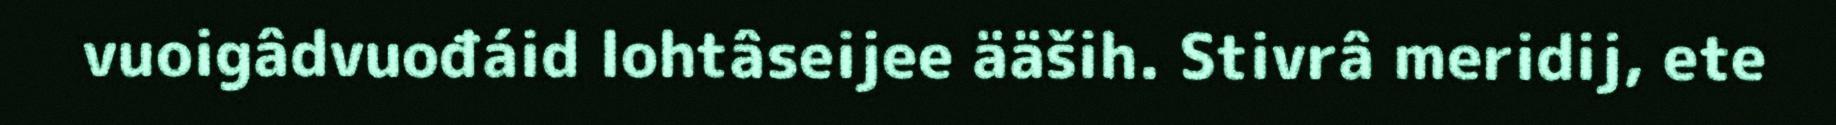
vuoigâdvuođáid lohtâseijee ääših. Stivrâ meridij, ete